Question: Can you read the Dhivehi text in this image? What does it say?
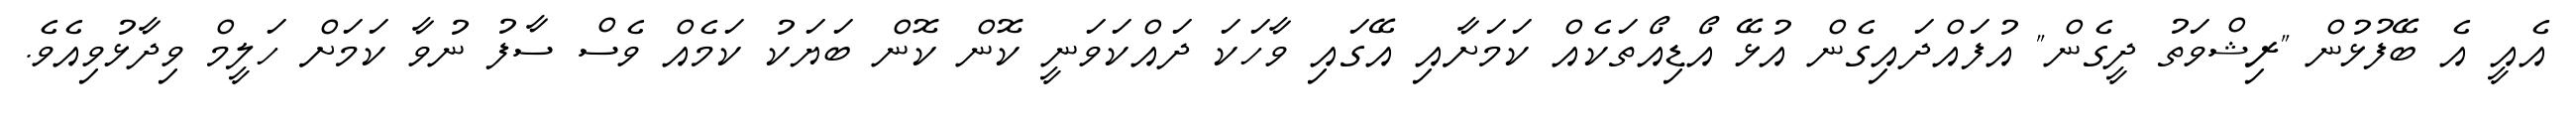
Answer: އެއީ އެ ބޭފުޅުން "ރިޝްވަތު ދީގެން" އުފައްދައިގެން އުޅޭ އޯޑިއޯތަކެއް ކަމަށާއި އޭގައި ވާހަކަ ދައްކަވަނީ ކޮން ކޮން ބަޔަކު ކަމެއް ވެސް ސާފު ނުވާ ކަމަށް ހަލީމް ވިދާޅުވިއެވެ.